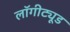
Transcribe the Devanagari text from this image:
लॉगीट्यूड